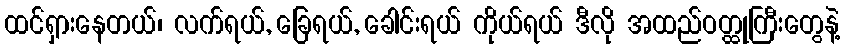
ထင်ရှားနေတယ်၊ လက်ရယ်, ခြေရယ်, ခေါင်းရယ် ကိုယ်ရယ် ဒီလို အထည်ဝတ္ထုကြီးတွေနဲ့